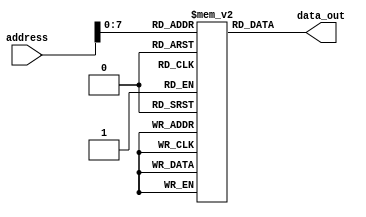
`timescale 1ns / 1ps
//////////////////////////////////////////////////////////////////////////////////
// Company: 
// Engineer: 
// 
// Design Name: 
// Module Name:    Instruction_Memory 
// Project Name: 
// Target Devices: 
// Tool versions: 
// Description: 
//
// Dependencies: 
//
// Revision: 
// Revision 0.01 - File Created
// Additional Comments: 
//
//////////////////////////////////////////////////////////////////////////////////
module Instruction_Memory(
    output [15 : 0] data_out,
    input [15 : 0] address
    );

	//reg [7 : 0] memory [255 : 0];
	reg [15 : 0] memory [255 : 0];
	
	initial
	begin
		/*memory[0] = 16'b0110100100001000;
		memory[1] = 16'b0110101100000100;
		memory[2] = 16'b0100100100000001;
		memory[3] = 16'b1110000101100111;
		memory[4] = 16'b1101100101100001;
		memory[5] = 16'b1001101100100010;
		memory[6] = 16'b0010100100000001;
		memory[7] = 16'b1110100000000000;
		memory[8] = 16'b0110110000001011;
		memory[9] = 16'b1111010000000001;
		memory[10] = 16'b1111000100000000;
		memory[11] = 16'b0111100100000000;
		memory[12] = 16'b1110100110001101;
		memory[13] = 16'b0000100000000000;
		memory[14] = 16'b1110100101000000;
		memory[15] = 16'b0111000100001111;
		memory[16] = 16'b0110000111111111;
		memory[17] = 16'b1110100101101100;
		memory[18] = 16'b0011000100100110;
		memory[19] = 16'b1110101100100100;
		memory[20] = 16'b1000000000000000;*/
		
		memory[0] = 16'h6fbf;
		memory[1] = 16'h37e0;
		memory[2] = 16'h6901;
		memory[3] = 16'h6a01;
		memory[4] = 16'h6c01;
		memory[5] = 16'hdf40;
		memory[6] = 16'hdf80;
		memory[7] = 16'he944;
		memory[8] = 16'hdf40;
		memory[9] = 16'he451;
		memory[10] = 16'hdf80;
		memory[11] = 16'heb42;
		memory[12] = 16'h6101;
		memory[13] = 16'h10f9;
		memory[14] = 16'h6901;
		memory[15] = 16'h6a0f;
		memory[16] = 16'h7c20;
		memory[17] = 16'hea84;
		memory[18] = 16'hdf80;
		memory[19] = 16'h6a03;
		memory[20] = 16'hea87;
		memory[21] = 16'hdf80;
		memory[22] = 16'h6a04;
		memory[23] = 16'hea87;
		memory[24] = 16'hdf80;
		memory[25] = 16'hea87;
		memory[26] = 16'hdf80;
		memory[27] = 16'hea87;
		memory[28] = 16'hdf80;
		memory[29] = 16'h6901;
		memory[30] = 16'h6a0f;
		memory[31] = 16'h7c20;
		memory[32] = 16'hea84;
		memory[33] = 16'hea87;
		memory[34] = 16'h6900;
		memory[35] = 16'h6a04;
		memory[36] = 16'h6b0c;
		memory[37] = 16'h4901;
		memory[38] = 16'h6d0f;
		memory[39] = 16'he9ac;
		memory[40] = 16'hea84;
		memory[41] = 16'hec2d;
		memory[42] = 16'hdf80;
		memory[43] = 16'hea84;
		memory[44] = 16'hec2d;
		memory[45] = 16'hdf80;
		memory[46] = 16'hea84;
		memory[47] = 16'hec2d;
		memory[48] = 16'hdf80;
		memory[49] = 16'hea84;
		memory[50] = 16'hec2d;
		memory[51] = 16'hdf80;
		memory[52] = 16'h4901;
		memory[53] = 16'he9ac;
		memory[54] = 16'heb24;
		memory[55] = 16'hea86;
		memory[56] = 16'hec2d;
		memory[57] = 16'hdf80;
		memory[58] = 16'hea86;
		memory[59] = 16'hec2d;
		memory[60] = 16'hdf80;
		memory[61] = 16'hea86;
		memory[62] = 16'hec2d;
		memory[63] = 16'hdf80;
		memory[64] = 16'hea86;
		memory[65] = 16'hec2d;
		memory[66] = 16'hdf80;
		memory[67] = 16'heb26;
		memory[68] = 16'he96a;
		memory[69] = 16'h61df;
		memory[70] = 16'h8000;
		
		/*memory[0] = 16'b0110111110111111;
		memory[1] = 16'b0011011111100000;
		memory[2] = 16'b0110100101001000;
		memory[3] = 16'b0110101100000000;
		memory[4] = 16'b1101101100100000;
		memory[5] = 16'b0110100101100101;
		memory[6] = 16'b1101101100100001;
		memory[7] = 16'b0110100101101100;
		memory[8] = 16'b1101101100100010;
		memory[9] = 16'b0110100101101100;
		memory[10] = 16'b1101101100100011;
		memory[11] = 16'b0110100101101111;
		memory[12] = 16'b1101101100100100;
		memory[13] = 16'b0110100100101100;
		memory[14] = 16'b1101101100100101;
		memory[15] = 16'b0110100100100000;
		memory[16] = 16'b1101101100100110;
		memory[17] = 16'b0110100101110111;
		memory[18] = 16'b1101101100100111;
		memory[19] = 16'b0110100101101111;
		memory[20] = 16'b1101101100101000;
		memory[21] = 16'b0110100101110010;
		memory[22] = 16'b1101101100101001;
		memory[23] = 16'b0110100101101100;
		memory[24] = 16'b1101101100101010;
		memory[25] = 16'b0110100101100100;
		memory[26] = 16'b1101101100101011;
		memory[27] = 16'b0110100100100001;
		memory[28] = 16'b1101101100101100;
		memory[29] = 16'b0110100100000000;
		memory[30] = 16'b1101101100101101;
		memory[31] = 16'b0110110000000000;
		memory[32] = 16'b0110100100000000;
		memory[33] = 16'b1001100101100000;
		memory[34] = 16'b0010001100000111;
		memory[35] = 16'b0100100100000001;
		memory[36] = 16'b0101101101111011;
		memory[37] = 16'b0110000011111011;
		memory[38] = 16'b0101101101100001;
		memory[39] = 16'b0110000111111001;
		memory[40] = 16'b0100110000000001;
		memory[41] = 16'b0001011111110111;
		memory[42] = 16'b1101111110000000;
		memory[43] = 16'b1000000000000000;*/

	end
	
	//assign data_out = {memory[address], memory[address+1]};	// big-end or little-end?
	assign data_out = memory[address];

endmodule